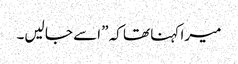
میرا کہنا تھا کہ ”اسے جا لیں۔